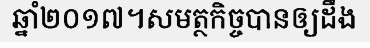
ឆ្នាំ២០១៧។សមត្ថកិច្ចបានឲ្យដឹង